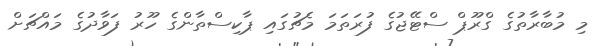
މި މުބާރާތުގެ ގްރޫޕް ސްޓޭޖުގެ ފުރަތަމަ މެޗުގައި ޕާކިސްތާންގެ ހޫރު ފަވާދުގެ މައްޗަށް